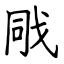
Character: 戙